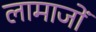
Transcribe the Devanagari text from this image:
लामाजों